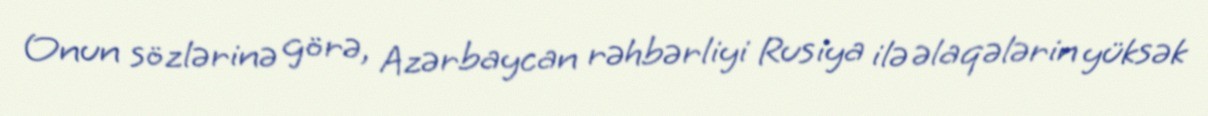
Onun sözlərinə görə, Azərbaycan rəhbərliyi Rusiya ilə əlaqələrin yüksək